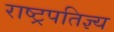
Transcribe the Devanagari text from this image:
राष्ट्रपतिज्ञ्य